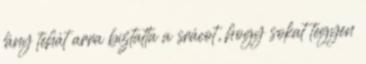
lány tehát arra bíztatta a srácot, hogy sokat tegyen